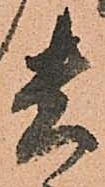
貴